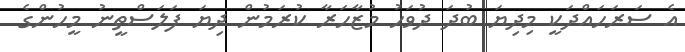
އެ ސަރަހައްދަކީ މިދިޔަ ބުދަ ދުވަހު މުޒާހަރާ ކުރަމުން ދިޔަ ފަލަސްތީނު މީހުންގެ